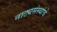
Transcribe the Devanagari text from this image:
नाट्यसंस्थांचे